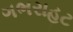
ગભરાહટ